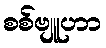
စစ်ဗျူဟာ